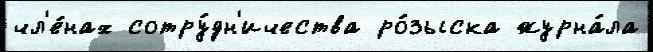
чл'е́нах сотру́дн'ичества ро́зыска журна́ла